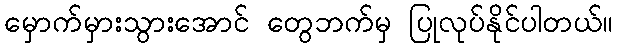
မှောက်မှားသွားအောင် တွေဘက်မှ ပြုလုပ်နိုင်ပါတယ်။